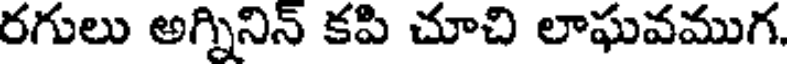
రగులు అగ్నినిన్ కపి చూచి లాఘవముగ.